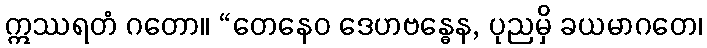
ဣဿရတံ ဂတော။ “တေနေဝ ဒေဟဗန္ဓေန, ပုညမှိ ခယမာဂတေ၊